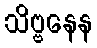
သိဗ္ဗနေန